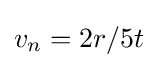
v_{n}=2r/5t